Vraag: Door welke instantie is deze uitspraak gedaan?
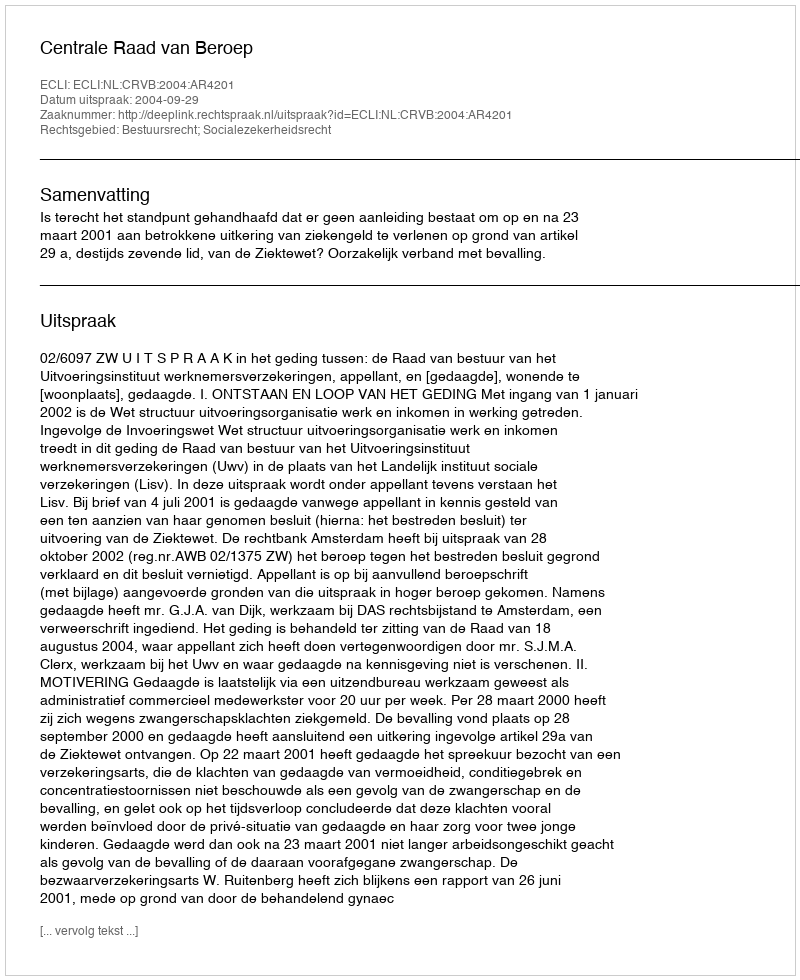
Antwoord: Centrale Raad van Beroep